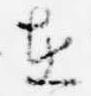
在